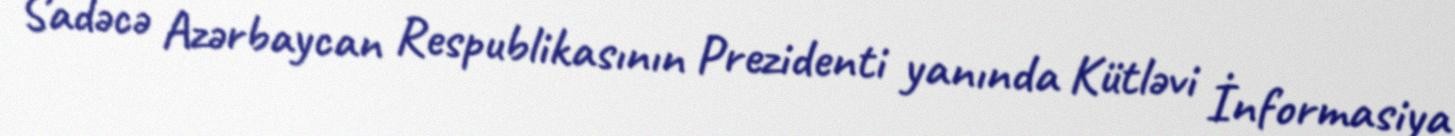
Sadəcə Azərbaycan Respublikasının Prezidenti yanında Kütləvi İnformasiya